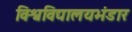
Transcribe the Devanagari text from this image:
विश्वविद्यालयभंडार